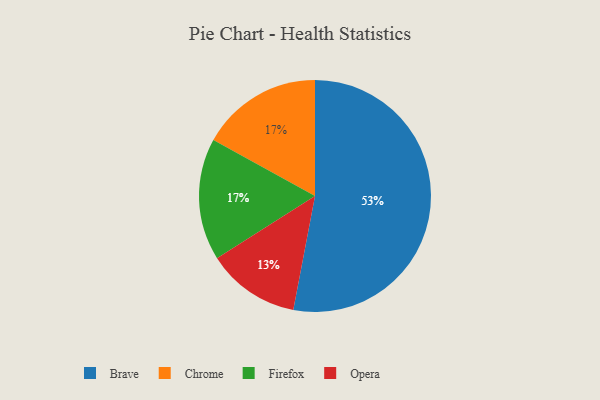
{"axis": {"x": "Category", "y": "Percentage"}, "legend": ["Brave", "Chrome", "Firefox", "Opera"], "data": [{"x": "Opera", "y": 13, "type": "Opera"}, {"x": "Brave", "y": 53, "type": "Brave"}, {"x": "Chrome", "y": 17, "type": "Chrome"}, {"x": "Firefox", "y": 17, "type": "Firefox"}]}